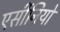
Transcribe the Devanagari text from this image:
एर्सीनियो